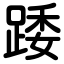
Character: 踒